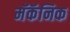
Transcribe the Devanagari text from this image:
मॅकॅनिक